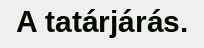
A tatárjárás.